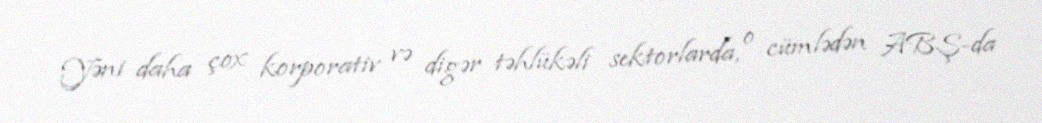
Yəni daha çox korporativ və digər təhlükəli sektorlarda, o cümlədən ABŞ-da